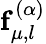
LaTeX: \mathbf{f}_{\mu,l}^{(\alpha)}